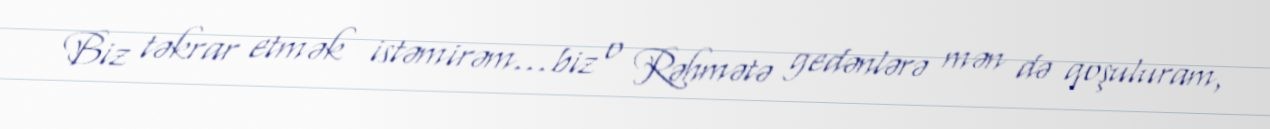
Biz təkrar etmək istəmirəm...biz o Rəhmətə gedənlərə mən də qoşuluram,